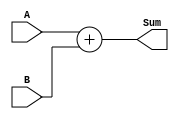
module Adder_32(A,B,Sum);

input [31:0] A;
input [31:0] B;
output reg [31:0] Sum;

always @(A, B) begin
Sum = A + B;
end

endmodule